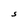
Character: S